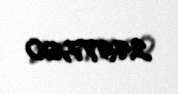
24977,60